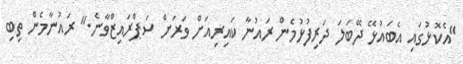
"އެކޮޅުގައި އެބައުޅޭ ދޭބަލަ ދަރިފުޅުމެން ރައުނާ ކައިރިއަށް ވަރަށް ސަޕްރައިޒްވާނެ." ރައުނާމެން ތިބި